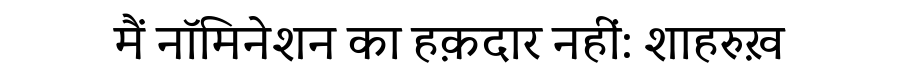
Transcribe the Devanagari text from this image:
मैं नॉमिनेशन का हक़दार नहीं: शाहरुख़